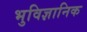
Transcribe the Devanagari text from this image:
भुविज्ञानिक